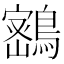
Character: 𪄋